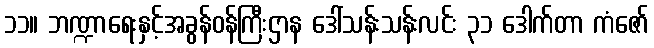
၁၁။ ဘဏ္ဍာရေးနှင့်အခွန်ဝန်ကြီးဌာန ဒေါ်သန်းသန်းလင်း ၃၁ ဒေါက်တာ ကံဇော်